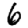
Digit: 6